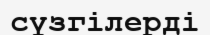
сүзгілерді